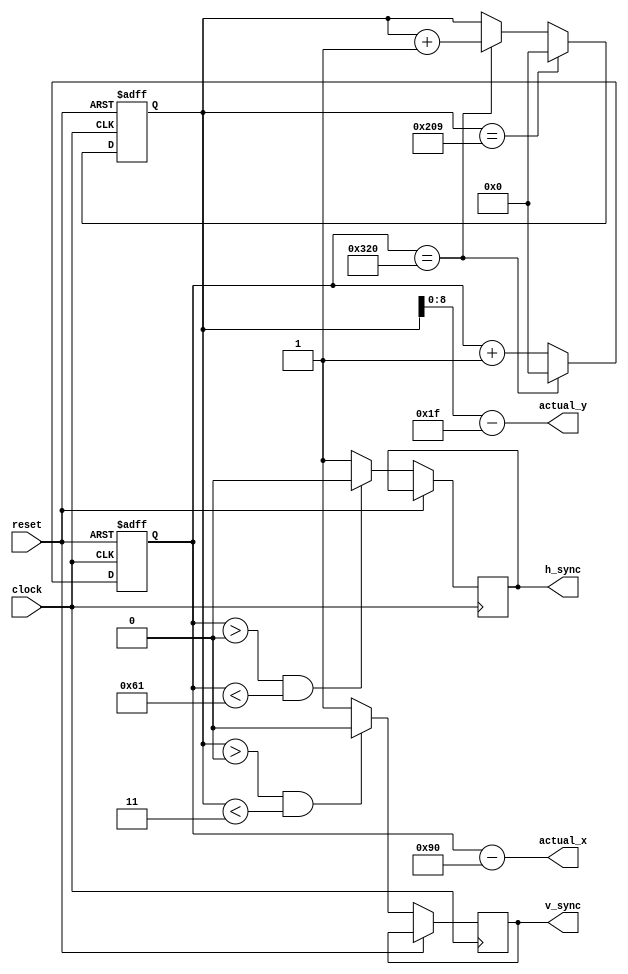
module VGA_Control(clock, reset, actual_x, actual_y, h_sync, v_sync);
	input clock, reset;
	output reg h_sync, v_sync;
	
	/** 
	*	Estas variables indican la posicion por la que se va escribiendo
	*	en pantalla en una resolucion de 640x480. 
	*	X va de 0 a 639
	*	Y va de 0 a 479
	*/
	output [9:0] actual_x;
	output [8:0] actual_y;
	
	/** Se declaran las variables que recorren toda la pantalla */
	reg [9:0] hcounter, vcounter;
	
	initial
		begin
			hcounter <= 10'b0;
			vcounter <= 10'b0;
		end

	/** 
	* Asigna los valores de X y Y 
	* hcounter counts from 0 to 799
	* vcounter counts from 0 to 520
	* x coordinate: 0 - 639 (x = hcounter - 144, i.e., hcounter -Tpw-Tbp)
	* y coordinate: 0 - 479 (y = vcounter - 31, i.e., vcounter-Tpw-Tbp)
	*/
	assign actual_x = hcounter - 144;
	assign actual_y = vcounter - 31;	
	
	always @ (posedge clock or posedge reset)
		begin
			if(reset)
				begin
					hcounter <= 10'b0;
					vcounter <= 10'b0;		
				end /** Fin reset */
			else
				begin
				
					/**
					 * Here is the timing for horizontal synchronization.
					 * (Refer to p. 24, Xilinx, Spartan-3 Starter Kit Board User Guide)
					 * Pulse width: Tpw = 96 cycles @ 25 MHz
					 * Back porch: Tbp = 48 cycles
					 * Display time: Tdisp = 640 cycles
					 * Front porch: Tfp = 16 cycles
					 * Sync pulse time (total cycles) Ts = 800 cycles
					 */	 
					if( (hcounter > 10'd0) && (hcounter < 10'd97) ) /** Pulse width: Tpw = 96 cycles */
						begin
							h_sync <= 1'b0;
						end
					else
						begin
							h_sync <= 1'b1;
						end
					
					/** 
					 * Here is the timing for vertical synchronization.
					 * (Refer to p. 24, Xilinx, Spartan-3 Starter Kit Board User Guide)
					 * Pulse width: Tpw = 1600 cycles (2 lines) @ 25 MHz
					 * Back porch: Tbp = 23200 cycles (29 lines)
					 * Display time: Tdisp = 38400 cycles (480 lines)
					 * Front porch: Tfp = 8000 cycles (10 lines)
					 * Sync pulse time (total cycles) Ts = 416800 cycles (521 lines)
					 */
					if( (vcounter > 10'd0) && (vcounter < 10'd3) ) /** Pulse width: Tpw = 2 cycles */
						begin
							v_sync <= 1'b0;
						end
					else
						begin
							v_sync <= 1'b1;
						end
		
					/** horizontal counts from 0 to 799 */
					hcounter <= hcounter + 1;
					if(hcounter == 10'd800)
						begin
							vcounter <= vcounter + 1;
							hcounter <= 10'b0;
						end
		
					/** vertical counts from 0 to 520 */
					if(vcounter == 10'd521)
						begin
							vcounter <= 10'b0;
						end
						
				end /** Fin else (NO reset) */
				
		end /** Fin del always */

endmodule